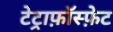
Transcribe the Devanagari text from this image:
टेट्राफ़ॉस्फ़ेट